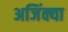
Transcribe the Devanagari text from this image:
अजिंक्या